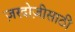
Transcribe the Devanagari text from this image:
ज़रदोज़ीसाठी